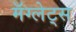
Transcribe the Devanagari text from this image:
मॅग्लेट्स